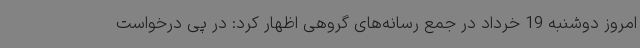
امروز دوشنبه 19 خرداد در جمع رسانه‌های گروهی اظهار کرد: در پی درخواست